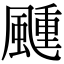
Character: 𬱴